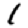
Digit: 1